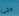
حتى